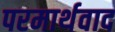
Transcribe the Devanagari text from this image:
परमार्थवाद